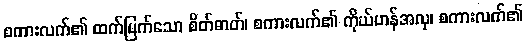
စကားလက်၏ ထက်မြက်သော စိတ်ဓာတ်၊ စကားလက်၏ ကိုယ်ဟန်အလှ၊ စကားလက်၏